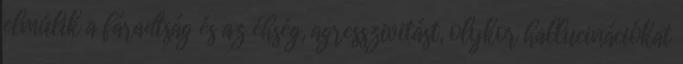
elmúlik a fáradtság és az éhség, agresszivitást, olykor hallucinációkat